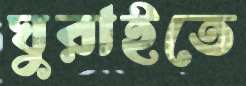
ঘুরাইতে